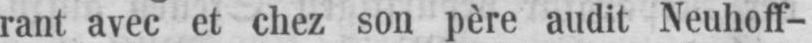
rant avec et chez son père audit Neuhoff-